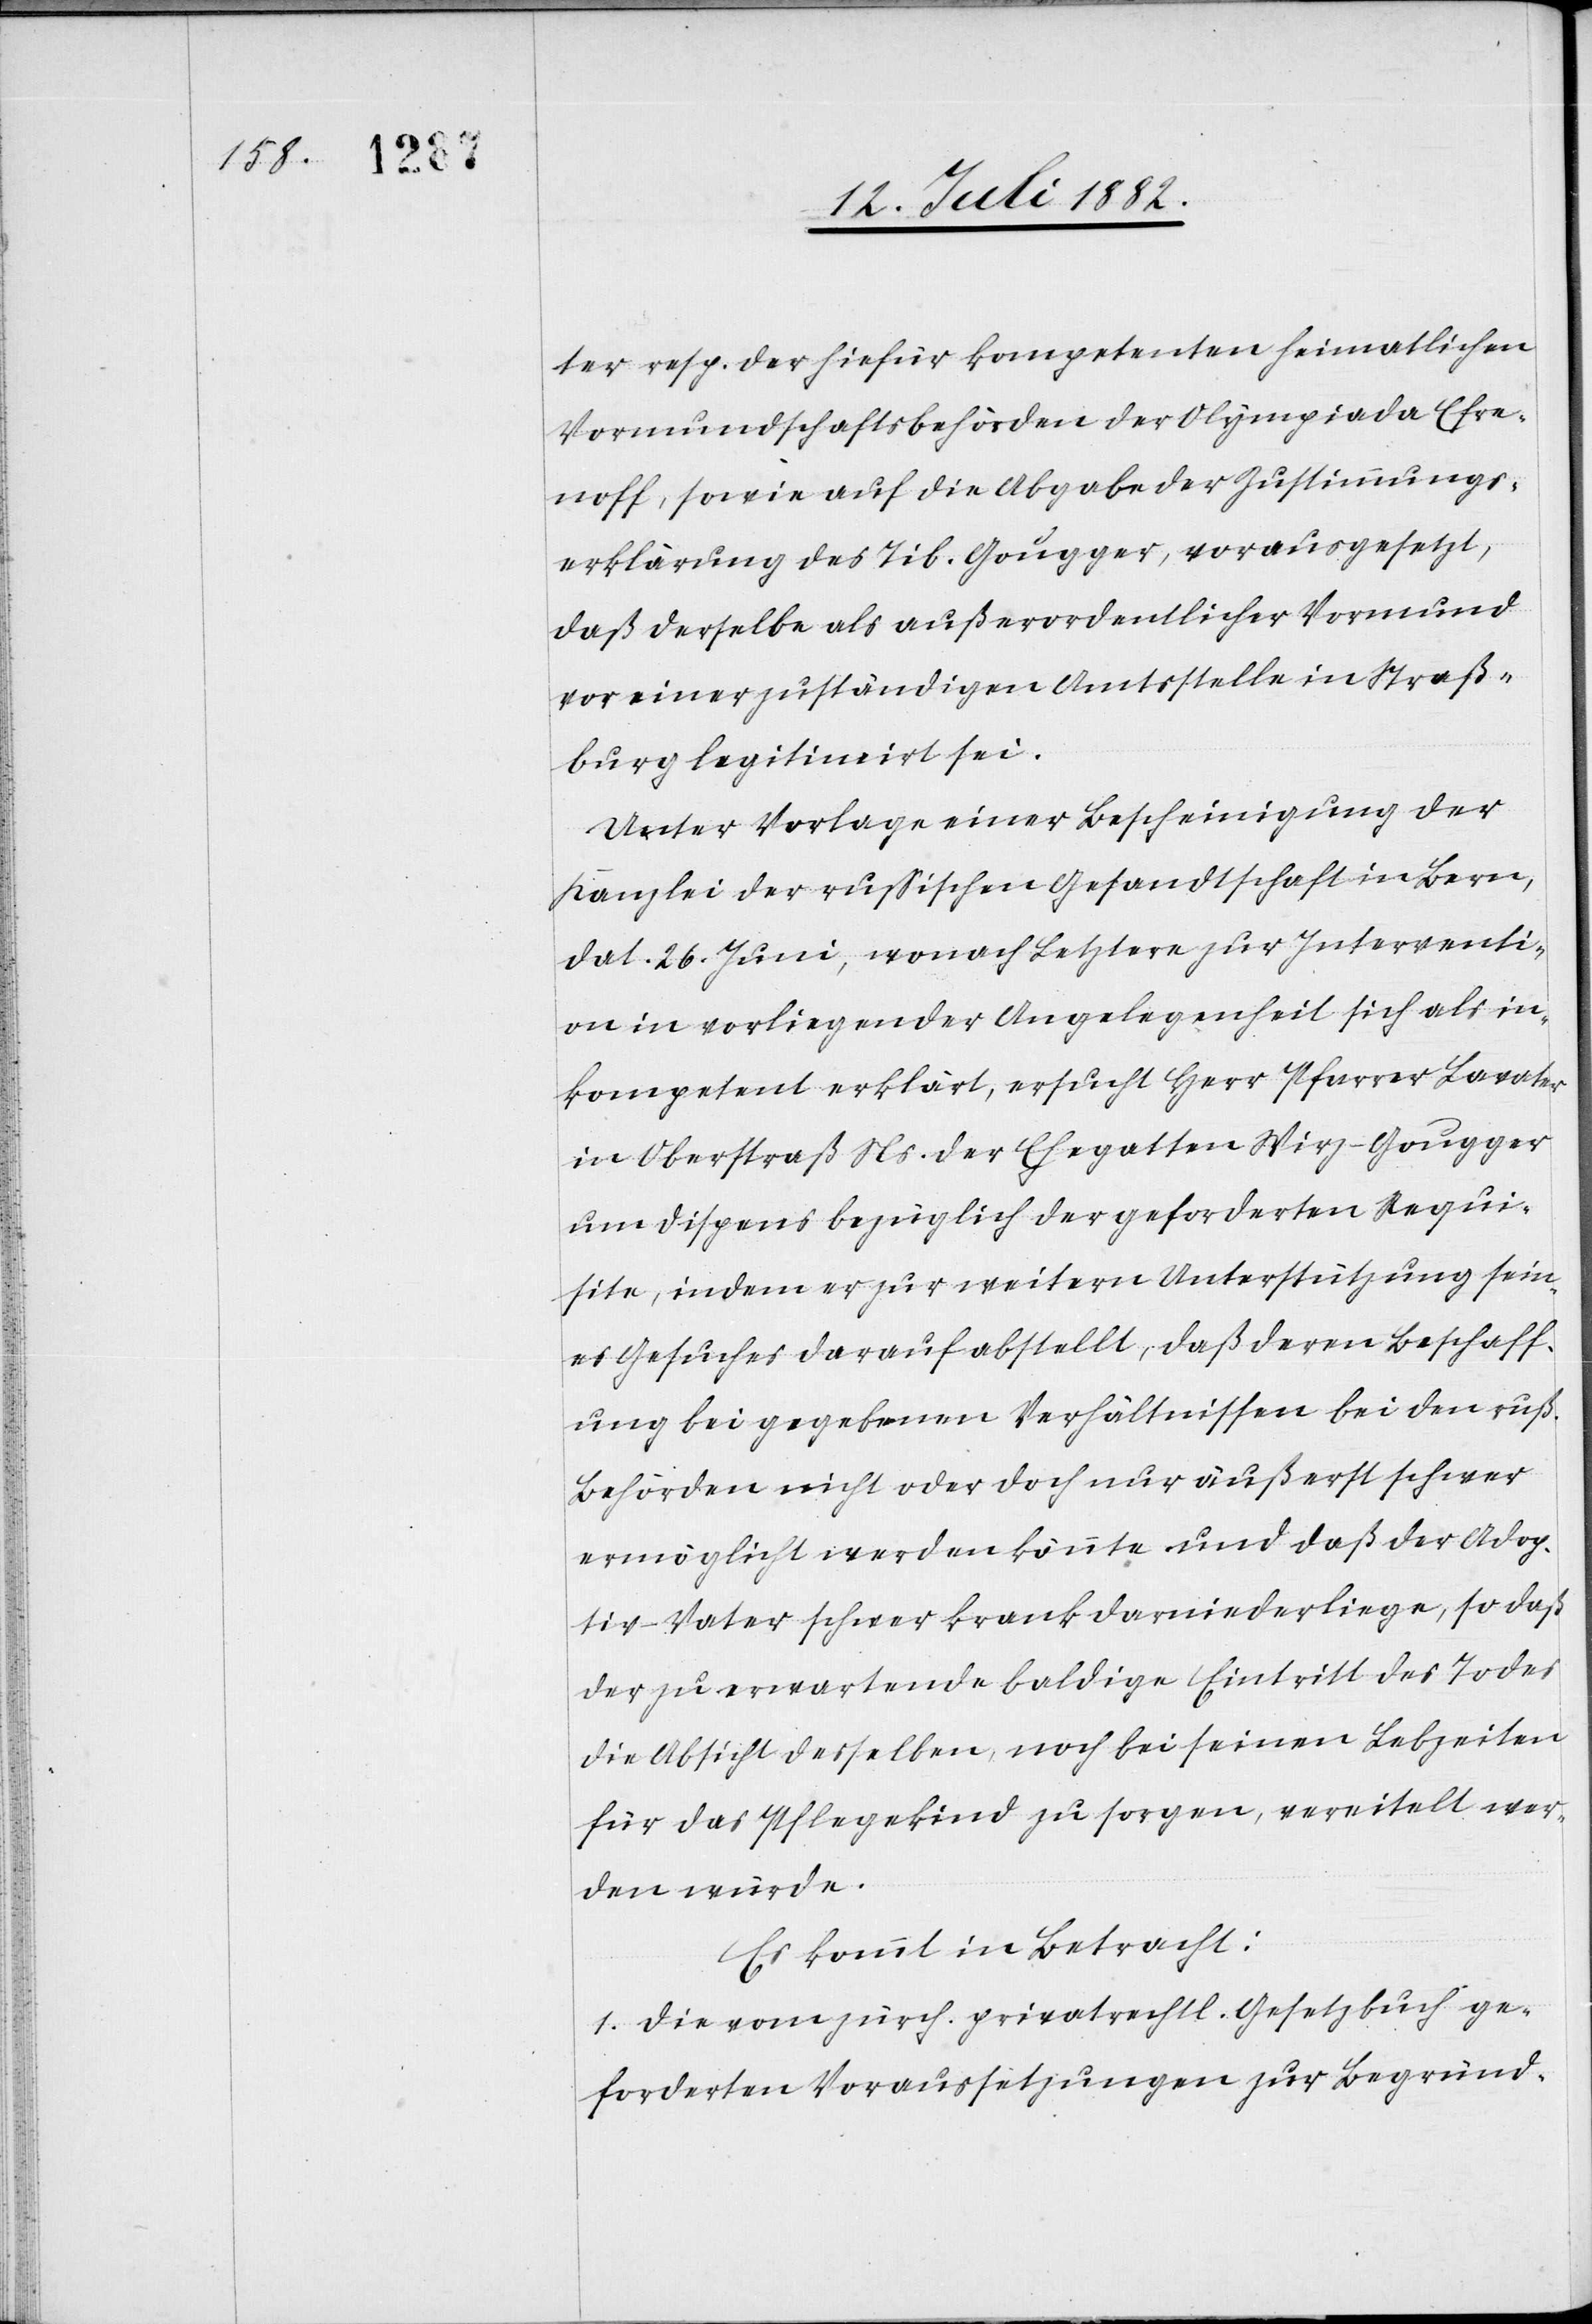
ter resp. der hiefür kompetenten heimatlichen
Vormundschaftsbehörden der Olympiade Efre¬
noff, sowie auf die Abgabe der Zustimmungs¬
erklärung des Tib. Gougger, vorausgesetzt,
daß derselbe als außerordentlicher Vormund
vor einer zuständigen Amtsstelle in Straß¬
burg legitimirt sei.
Unter Vorlage einer Bescheinigung der
Kanzlei der russischen Gesandtschaft in Bern,
dat. 26. Juni, wonach Letztere zur Interventi¬
on in vorliegender Angelegenheit sich als in¬
kompetent erklärt, ersucht Herr Pfarrer Lavater
in Oberstraß Ns. der Ehegatten Wirz-Gougger
um Dispens bezüglich der geforderten Requi¬
site, indem er zur weitern Unterstützung sein¬
es Gesuches darauf abstellt, daß deren Beschaff¬
ung bei gegebenen Verhältnissen bei den ruß.
Behörden nicht oder doch nur äußerst schwer
ermöglicht werden könnte und daß der Adop¬
tiv-Vater schwer krank darniederliege, so daß
den zu erwartenden baldigen] Eintritt des Todes
die Absicht desselben, noch bei seinen Lebzeiten
für das Pflegekind zu sorgen, vereitelt wer¬
den würde.
Es kommt in Betracht:
1. Die vom zürch. privatrechtl. Gesetzbuch ge¬
forderten Voraussetzungen zur Begründ-